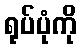
ရုပ်ပုံကို